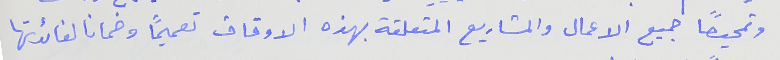
وتمحيصاً جميع الاعمال والمشاريع المتعلقة بهذه الاوقاف تعميماً وضمانا لفائدتها